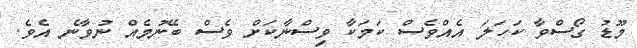
މޫޑު ގޯސްވާ ކަހަލަ އެއްވެސް ކަމަކާ ވިސްނާކަށް ވެސް ބޭނުމެއް ނުވާނެ އެވެ.